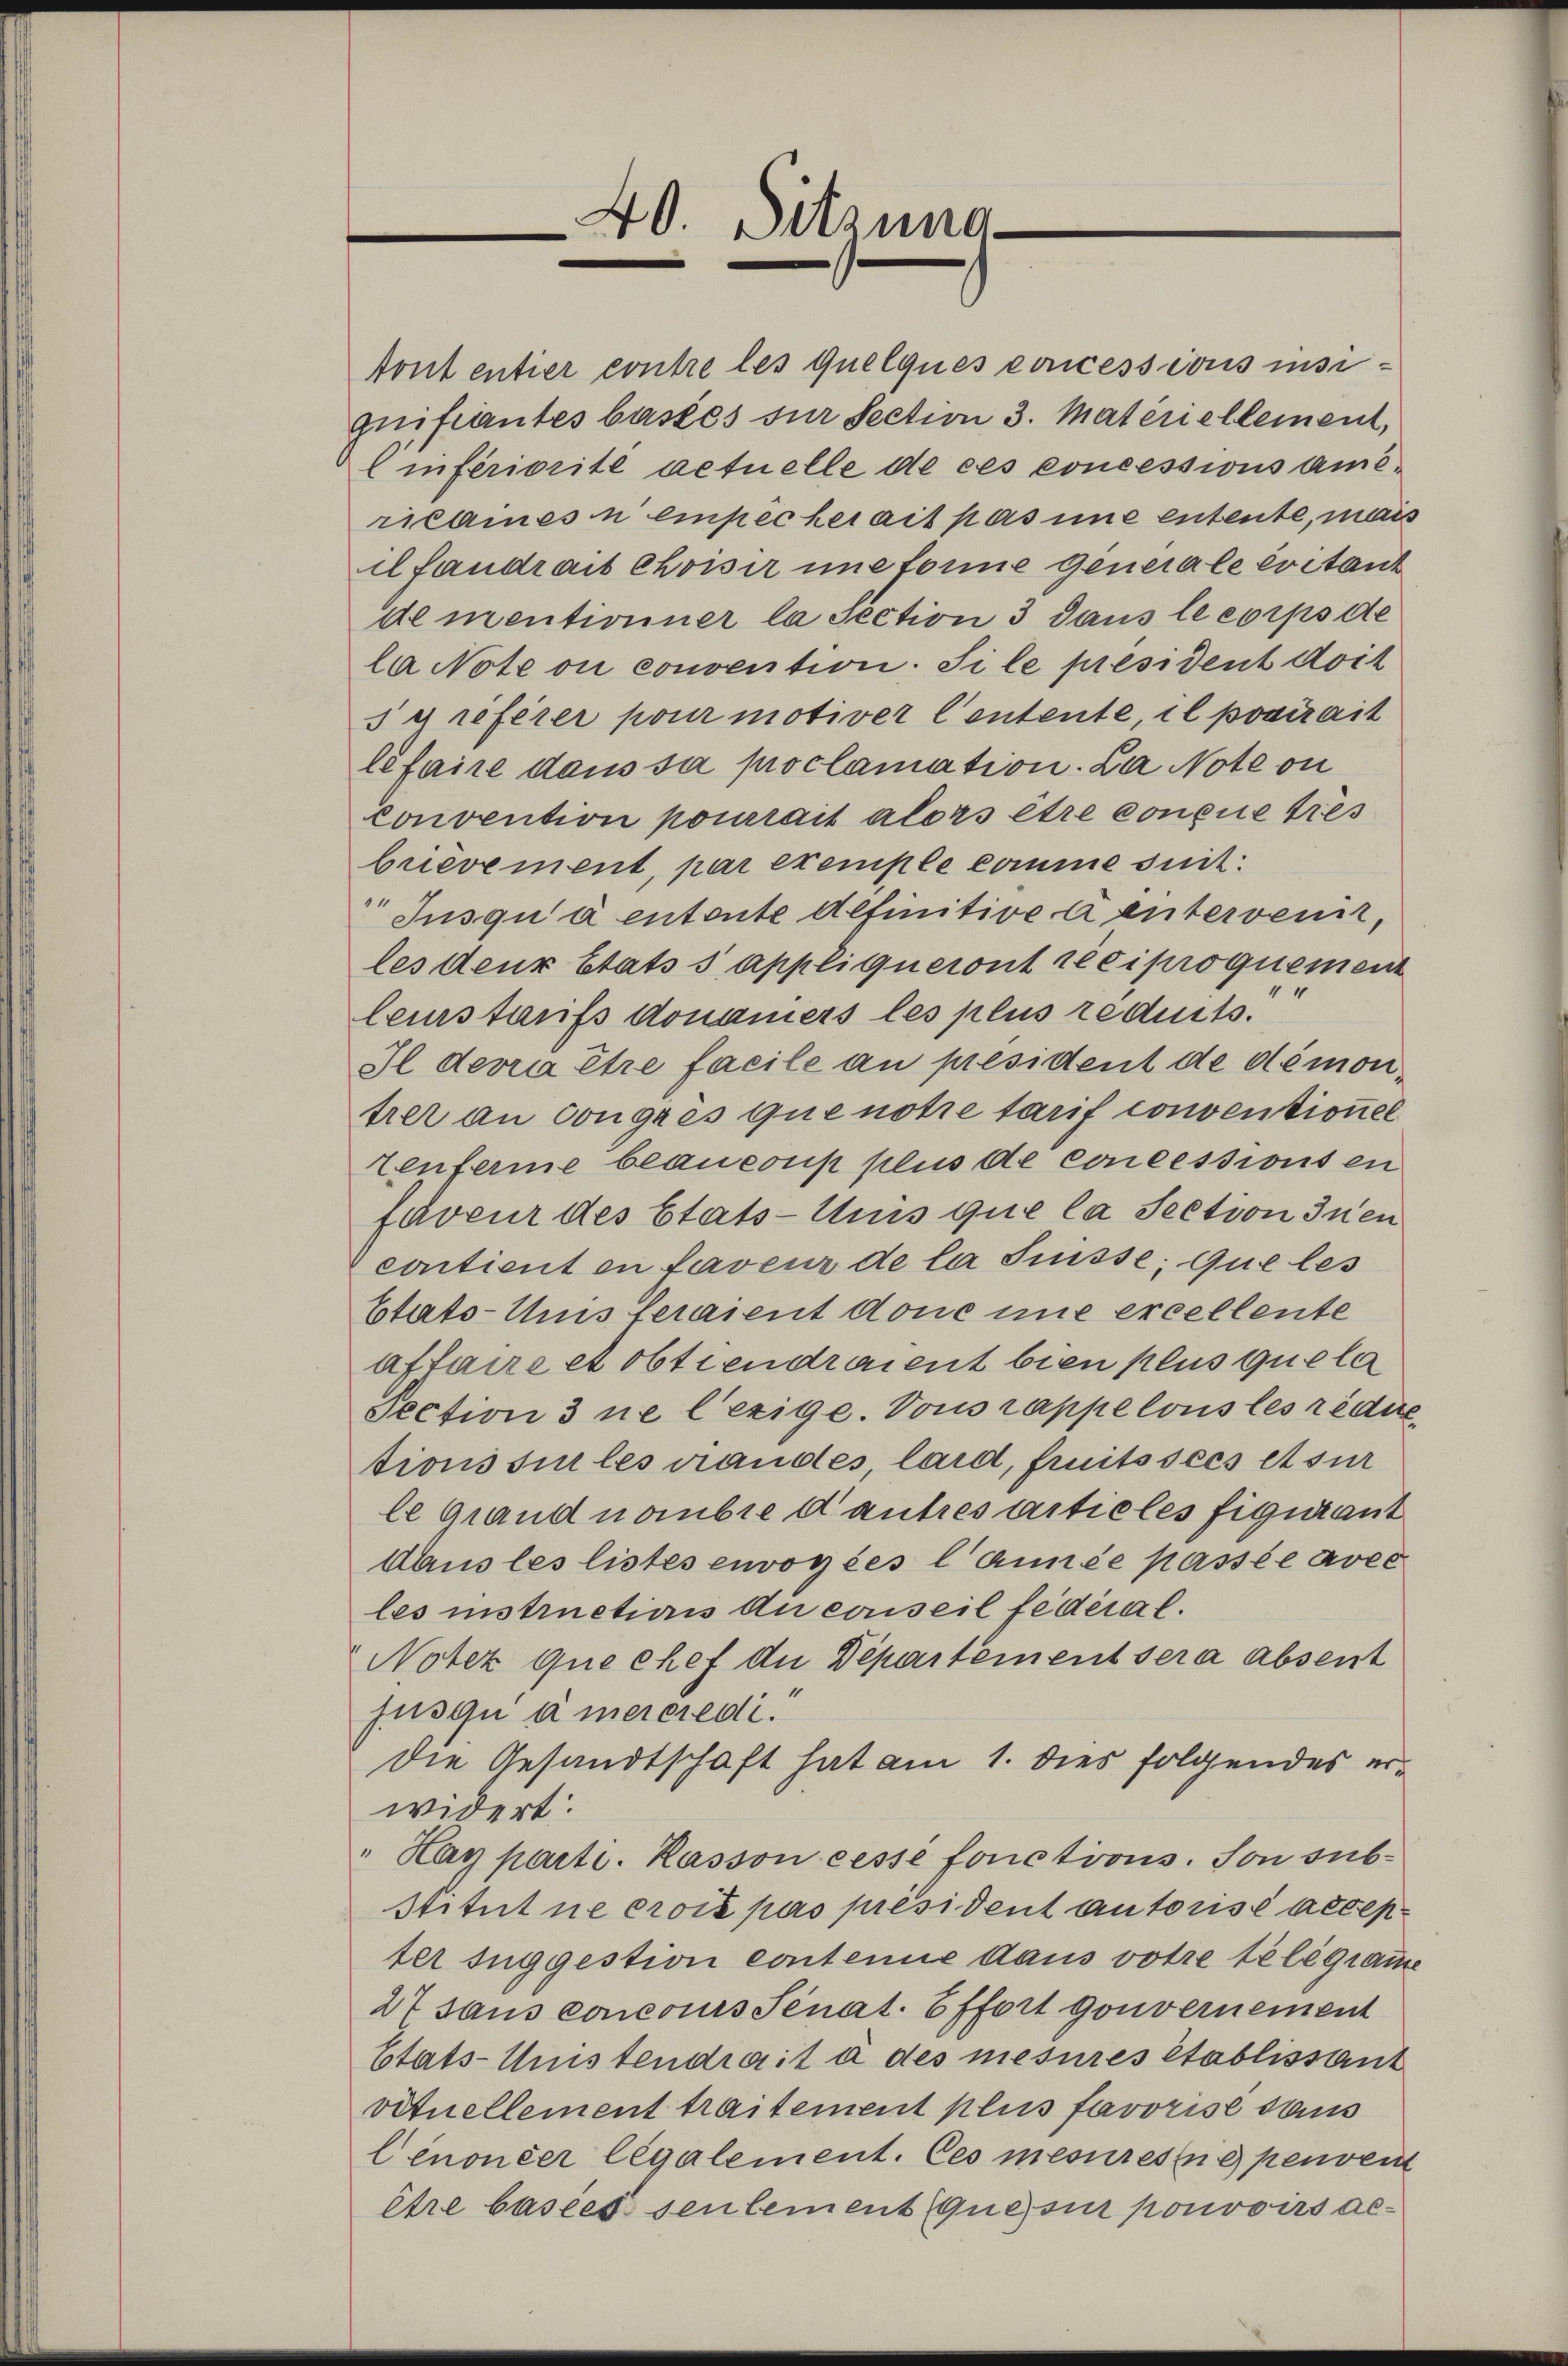
tont entier contre les quelques concessions insiquifiantes basses sur Section 3. Materiellement,
Cinfériorite actuelle de ces concessions americamesn einpec hei ait pas une entente, mais
il fandrait choisir une forme generale Evitant
de mentionner la section 3 dans le corps de
l Note ou convention. Si le president doit
s y referer pour motiver Centente, il poairait
léfaire dans sa proclamation. La Note ou
convention pourrait alors être conene dies
brievement, par exemple komme suit:
Jusqu’ à entente definitive a untervenet,
les deur Etats s appliqueront reciproquement
4
leurstaufs donauers les plus reduits.
Il devra être facile an president de démontrer an congres que notie tarif conventionel
tenferme beauconp plus de concessions en
faveur des Etats-Amis que la Section Inen
contient en faveur de la Suisse, que les
Etats-Unis feraient done une ercellente
affaire et obtiendraient bien plus que la
Section 3 ne l’exige. Vous rappelous les rédie
tionssur les andes laid, fruits sees et sur
le Grand nombre d’autres articles figurant
Daus les listes envoyées l’année passée avec
les instruction du conseil fédéral.
Notez que chef die Departement sera absent
jusqua mercredi
Die Gesandtschaft hat am 1. dies folgendes erwidert.
"Hay parti. Kasson cesse fonctions. Son sub-
Stitut ne croit pas président autorisé accep
ter suggestion contenne daus votre telegramme
27 sans concours Senat. Effort gouvernement
stats-Unistendrait à des mesures établisstant
vituellement traitement plus favorise dass
Cenoncer legalement. Ces mesures ne peuvent
être basees seulement que sui pouvoirs ac¬

40. Sitzung.